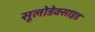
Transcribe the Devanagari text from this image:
सूलोडेक्साइड